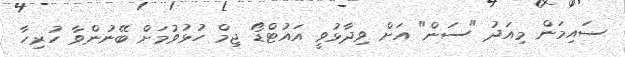
ސައިމަން މިއަދު "ސަން" އަށް ވިދާޅުވީ އައުޓްޑޯ ޖިމް ހުޅުވުމަށް ބޭނުންވާ ހުރިހާ